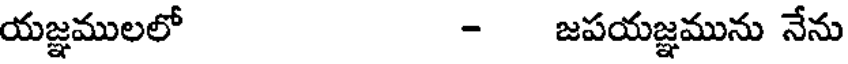
యజ్ఞములలో - జపయజ్ఞమును నేను